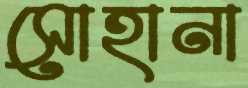
সোহানা